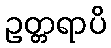
ဥတ္တရာပိ